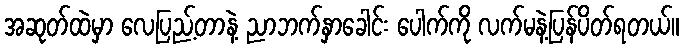
အဆုတ်ထဲမှာ လေပြည့်တာနဲ့ ညာဘက်နှာခေါင်း ပေါက်ကို လက်မနဲ့ပြန်ပိတ်ရတယ်။